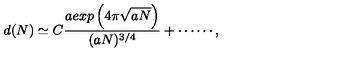
d ( N ) \simeq C \frac { a e x p \left( 4 \pi \sqrt { a N } \right) } { ( a N ) ^ { 3 / 4 } } + \cdots \cdots ,